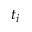
t _ { i }